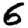
Digit: 6